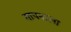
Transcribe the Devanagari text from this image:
मापनाला